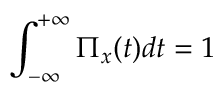
\int _ { - \infty } ^ { + \infty } \Pi _ { x } ( t ) d t = 1